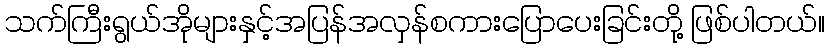
သက်ကြီးရွယ်အိုများနှင့်အပြန်အလှန်စကားပြောပေးခြင်းတို့ ဖြစ်ပါတယ်။